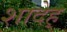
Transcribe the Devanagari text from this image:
शादेह्